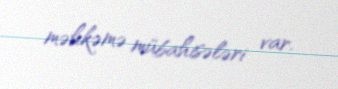
məhkəmə mübahisələri var.